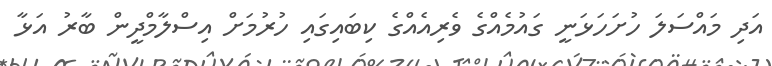
އަދި މައްސަލަ ހުށަހަޅަނީ ގައުމެއްގެ ވެރިއެއްގެ ކިބައިގައި ހުރުމަށް އިސްލާމްދީން ބާރު އަޅާ